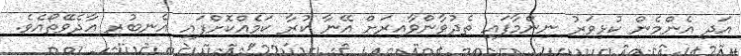
އަދި އެންމެން ކުޅިވަރު ނިންމާފައި ތެދުވާންވާއިރަށް އޭނާ ކުރާ ކަމެއްކޮށްފައި އެނބުރި އާދެވޭތޯއެވެ.